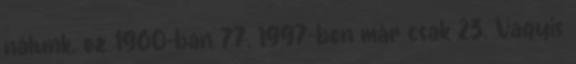
nálunk, ez 1960-ban 77, 1997-ben már csak 23. Vagyis